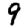
Digit: 9